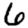
Digit: 6